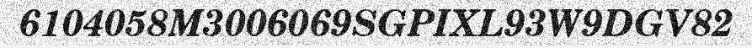
6104058M3006069SGPIXL93W9DGV82